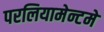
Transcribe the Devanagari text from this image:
परलियामेन्टमे